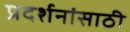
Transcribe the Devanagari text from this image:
प्रदर्शनांसाठी